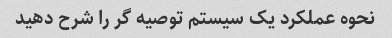
نحوه عملکرد یک سیستم توصیه گر را شرح دهید